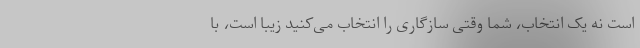
است نه یک انتخاب، شما وقتی سازگاری را انتخاب می‌کنید زیبا است، با